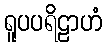
ရူပပရိဠာဟံ